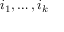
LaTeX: i _ { 1 } , \ldots , i _ { k }